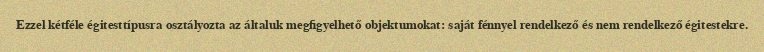
Ezzel kétféle égitesttípusra osztályozta az általuk megfigyelhető objektumokat: saját fénnyel rendelkező és nem rendelkező égitestekre.